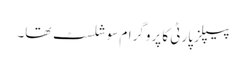
پیپلز پارٹی کا پروگرام سوشلسٹ تھا۔